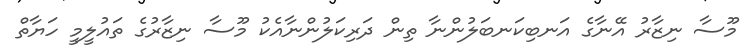
މޫސާ ނިޒާރު އޭނާގެ އަނބިކަނބަލުންނާ ތިން ދަރިކަލުންނާއެކު މޫސާ ނިޒާރުގެ ތައުލީމީ ހަޔާތް